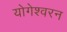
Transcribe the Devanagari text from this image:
योगेश्वरन